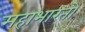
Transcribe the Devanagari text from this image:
महाभारतों